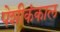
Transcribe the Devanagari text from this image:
पेशीकंकाल